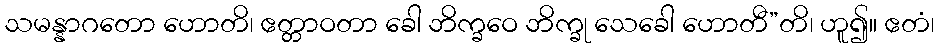
သမန္နာဂတော ဟောတိ၊ ဧတ္တာဝတာ ခေါ ဘိက္ခဝေ ဘိက္ခု သေခေါ ဟောတီ”တိ၊ ဟူ၍။ ဧတံ၊